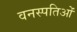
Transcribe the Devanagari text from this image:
वनस्पतिओं